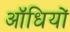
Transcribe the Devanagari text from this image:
ऑधियों